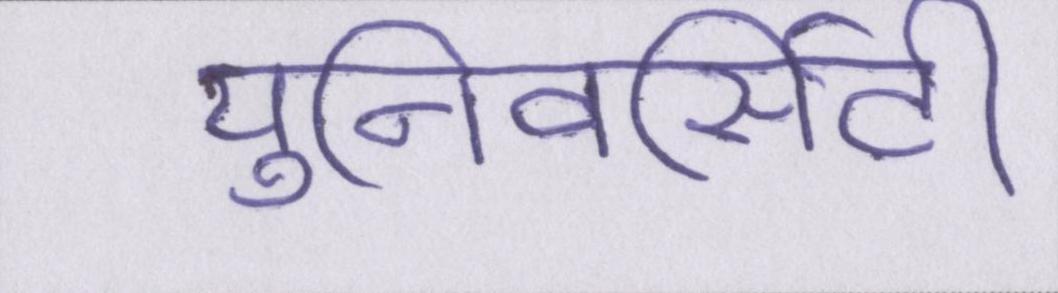
युनिवर्सिटी